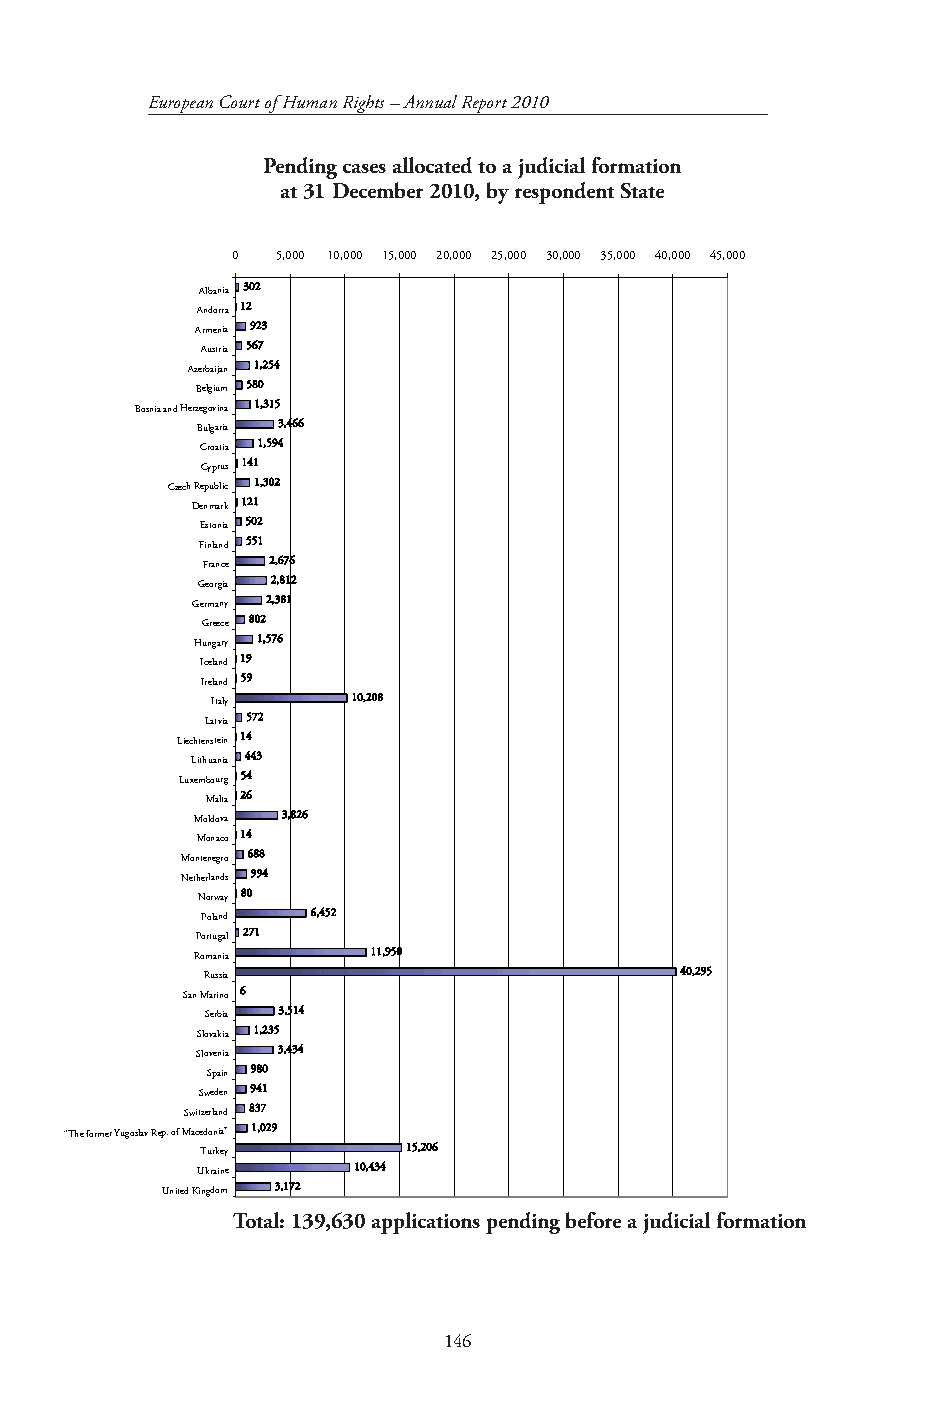
European Court of Human Rights – Annual Report 2010
 Pending cases allocated to a judicial formation
 Applications pending before a judicial formation on 31 December 2010 by Defending State
 at 31 December 2010, by respondent State
 0  5,000 10,000 15,000 20,000 25,000 30,000 35,000 40,000 45,000
 Albania 302
 Andorra 12
 Armenia 923
 Austria 567
 Azerbaijan 1,254
 Belgium 580
 Bosnia and Herzegovina 1,315
 Bulgaria 3,466
 Croatia 1,594
 Cyprus 141
 Czech Republic 1,302
 Denmark 121
 Estonia 502
 Finland 551
 France 2,676
 Georgia 2,812
 Germany 2,381
 Greece 802
 Hungary 1,576
 Iceland 19
 Ireland 59
 Italy    10,208
 Latvia 572
 Liechtenstein 14
 Lithuania 443
 Luxembourg 54
 Malta 26
 Moldova 3,826
 Monaco 14
 Montenegro 688
 Netherlands 994
 Norway 80
 Poland  6,452
 Portugal 271
 Romania     11,950
 Russia                          40,295
 San Marino 6
 Serbia 3,514
 Slovakia 1,235
 Slovenia 3,434
 Spain 980
 Sweden 941
 Switzerland 837
 “The former Yugoslav Rep. of Macedonia” 1,029
 Turkey        15,206
 Ukraine   10,434
 United Kingdom 3,172
 TotalT:o t1al3: 193,96,63300 a papplicpatiloincsa pteinodinngs b pefoerne ad juidnicgia lb foermfoatrioen a judicial formation
 146